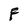
Character: F